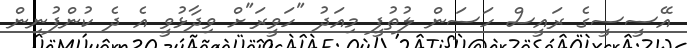
އޭސީސީގެ ރައީސް ހަސަން ލުތުފީ މިއަދު "ހަވީރަ"ށް ވިދާޅުވީ އެ ދެ ކުންފުނިން